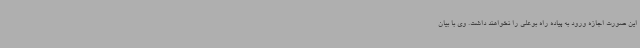
این صورت اجازه ورود به پیاده راه بوعلی را نخواهند داشت. وی با بیان